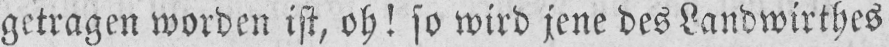
getragen worden ist, oh! so wird jene des Landwirthes